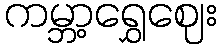
ကမ္ဘာ့ရွှေဈေး